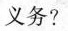
义务?